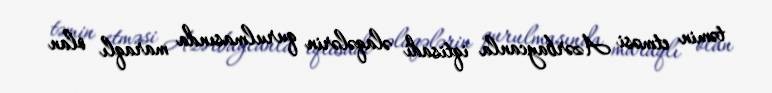
təmin etməsi Azərbaycanla iqtisadi əlaqələrin qurulmasında maraqlı olan